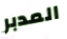
المدبر